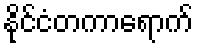
နိုင်ငံတကာရောက်